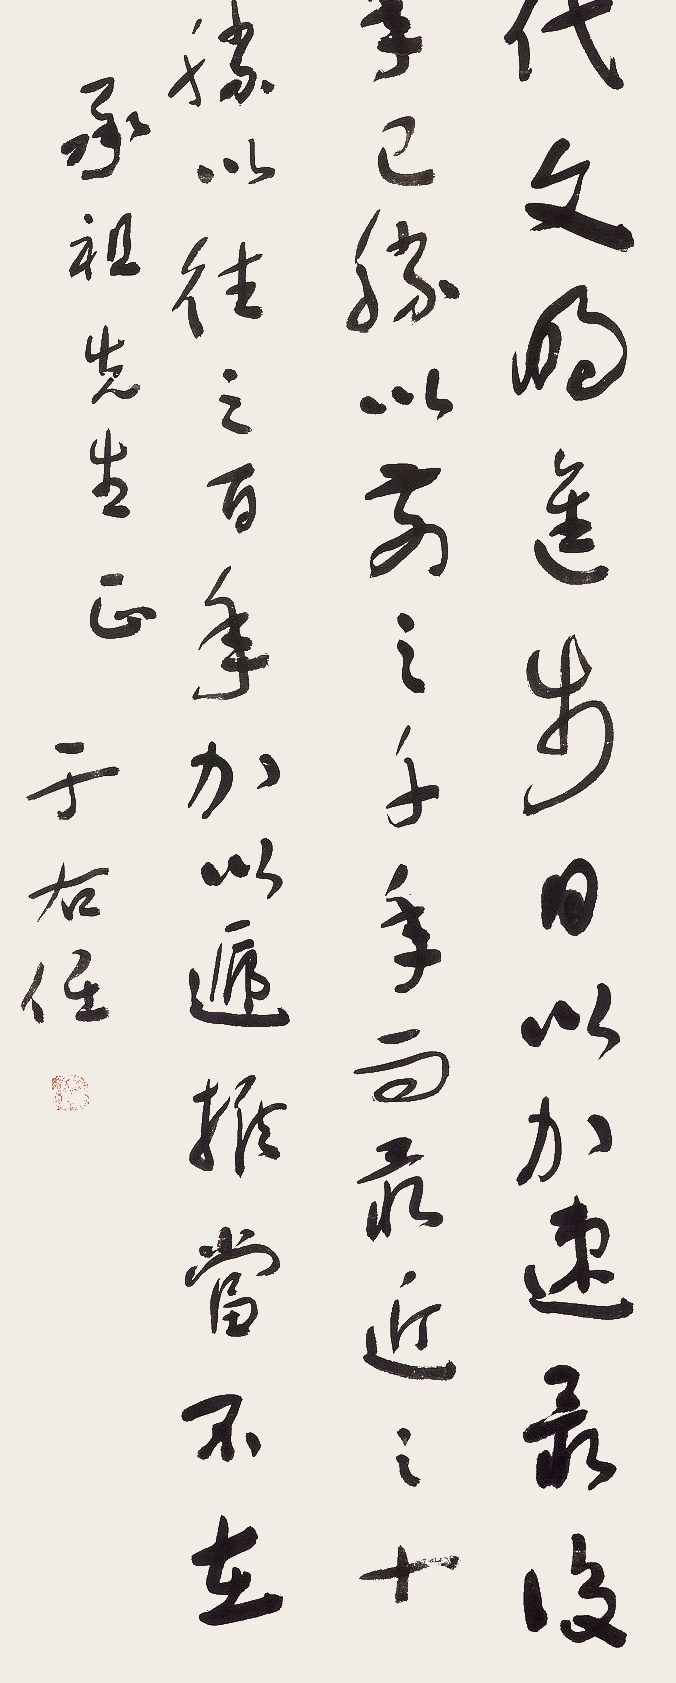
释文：近代文明进步，以日加速，最没之百年已胜以前之千年，而最近之十年又胜已往之百年，加以递推，当在不远。承祖先生正。于右任。